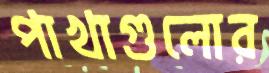
পাখাগুলোর